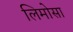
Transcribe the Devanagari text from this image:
लिमोसा